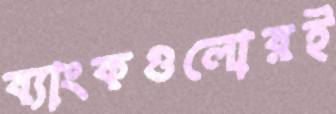
ব্যাংকগুলোরই